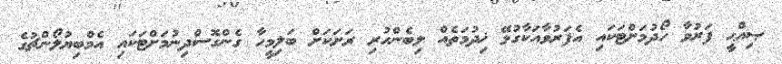
ޞިއްޙީ ފަރުވާ ހޯދުމަށްޓަކައި އެފަރުވާއަކާގުޅޭ ޚިދުމަތެއް ލިބެންހުރި ރަށަކަށް ބަލިމީހާ ގެންގޮސްދިނުމަށްޓަކައި އެމްބިޔުލޯންޗުގެ